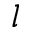
l